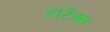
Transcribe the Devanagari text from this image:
हार्टेक्स